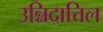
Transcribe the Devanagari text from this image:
उन्निदात्तिल